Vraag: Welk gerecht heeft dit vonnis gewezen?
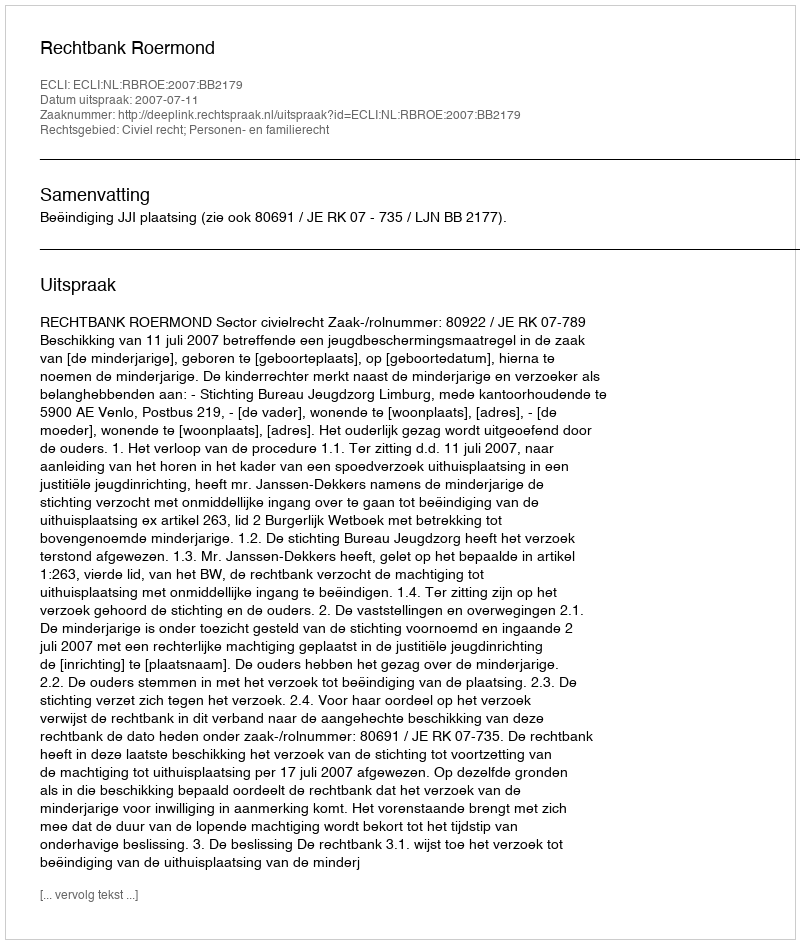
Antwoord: Rechtbank Roermond